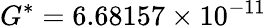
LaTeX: G^{*}=6.68157\times 10^{-11}